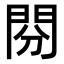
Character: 𨳚